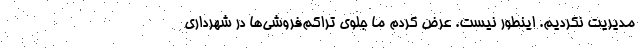
مدیریت نکردیم. اینطور نیست. عرض کردم ما جلوی تراکم‌فروشی‌ها در شهرداری